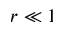
r \ll 1